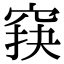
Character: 䆢